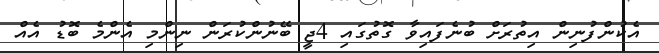
އެކުންފުނިން އިތުރަށް ބުނެފައިވާ ގޮތުގައި 4ޖީ ބޭނުންކުރަން ނިންމި އެންމެ ބޮޑު އެއް